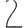
Digit: 2